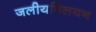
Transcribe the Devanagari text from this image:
जलीयविलयन